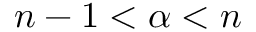
n - 1 < \alpha < n